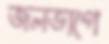
জলভাগে